Civil Veterinary Department ledger series I-VI
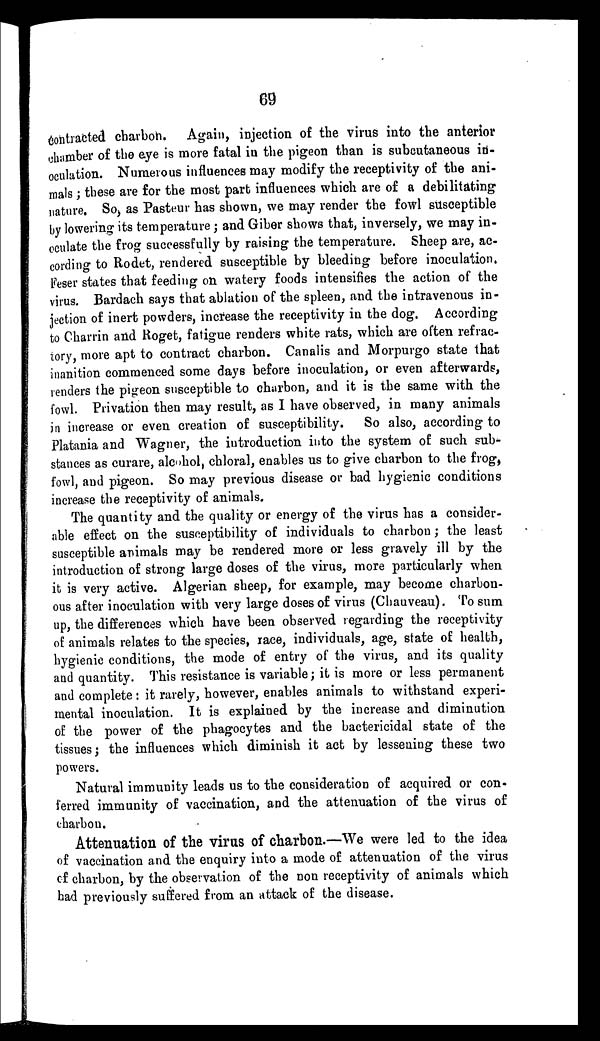
69
contracted charbon. Again, injection of the virus into the anterior
chamber of the eye is more fatal in the pigeon than is subcutaneous in-
oculation. Numerous influences may modify the receptivity of the ani-
mals ; these are for the most part influences which are of a debilitating
nature. So, as Pasteur has shown, we may render the fowl susceptible
by lowering its temperature; and Giber shows that, inversely, we may in-
oculate the frog successfully by raising the temperature. Sheep are, ac-
cording to Rodet, rendered susceptible by bleeding before inoculation,
Feser states that feeding on watery foods intensifies the action of the
virus. Bardach says that ablation of the spleen, and the intravenous in-
jection of inert powders, increase the receptivity in the dog. According
to Charrin and Roget, fatigue renders white rats, which are often refrac-
tory, more apt to contract charbon. Canalis and Morpurgo state that
inanition commenced some days before inoculation, or even afterwards,
renders the pigeon susceptible to charbon, and it is the same with the
fowl. Privation then may result, as I have observed, in many animals
in increase or even creation of susceptibility. So also, according to
Platania and Wagner, the introduction into the system of such sub-
stances as curare, alcohol, chloral, enables us to give charbon to the frog,
fowl, and pigeon. So may previous disease or bad hygienic conditions
increase the receptivity of animals.
The quantity and the quality or energy of the virus has a consider-
able effect on the susceptibility of individuals to charbon; the least
susceptible animals may be rendered more or less gravely ill by the
introduction of strong large doses of the virus, more particularly when
it is very active. Algerian sheep, for example, may become charbon-
ous after inoculation with very large doses of virus (Chauveau). To sum
up, the differences which have been observed regarding the receptivity
of animals relates to the species, race, individuals, age, state of health,
hygienic conditions, the mode of entry of the virus, and its quality
and quantity. This resistance is variable; it is more or less permanent
and complete: it rarely, however, enables animals to withstand experi-
mental inoculation. It is explained by the increase and diminution
of the power of the phagocytes and the bactericidal state of the
tissues; the influences which diminish it act by lessening these two
powers.
Natural immunity leads us to the consideration of acquired or con-
ferred immunity of vaccination, and the attenuation of the virus of
charbon.
Attenuation of the virus of charbon.—We were led to the idea
of vaccination and the enquiry into a mode of attenuation of the virus
of charbon, by the observation of the non receptivity of animals which
had previously suffered from an attack of the disease.